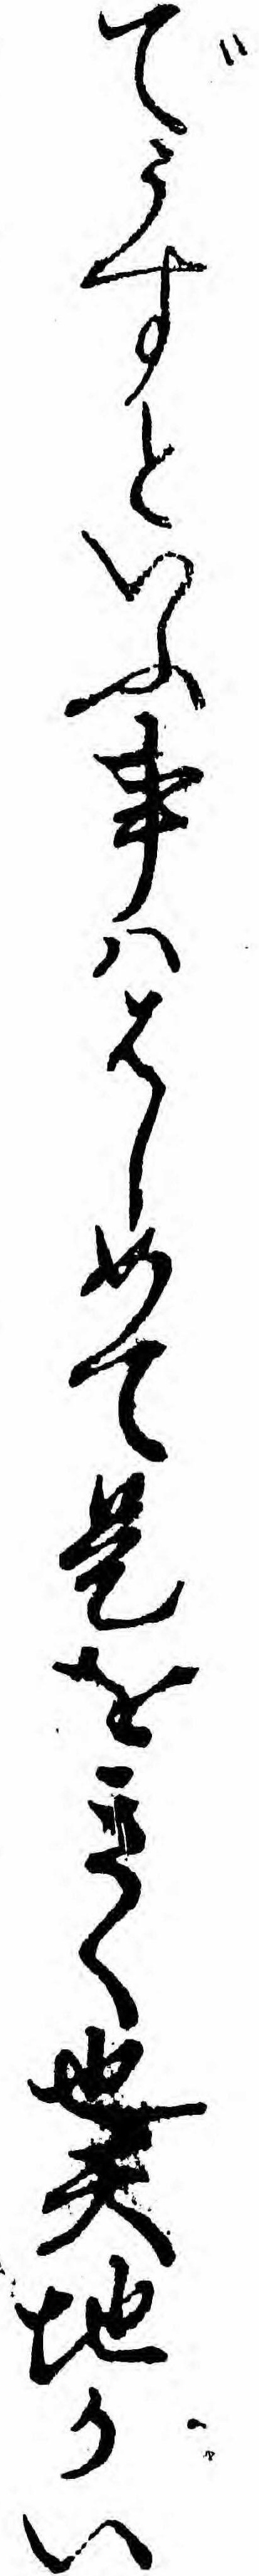
でうすといふ事ハはしめて是をきく也天地かい